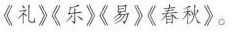
《礼》《乐》《易》春秋》。